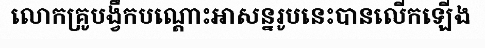
លោកគ្រូបង្វឹកបណ្តោះអាសន្នរូបនេះបានលើកឡើង